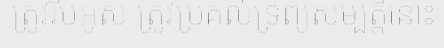
ត្រូវរឹបអូស ត្រូវប្រគល់ទ្រព្យសម្បត្តិនោះ